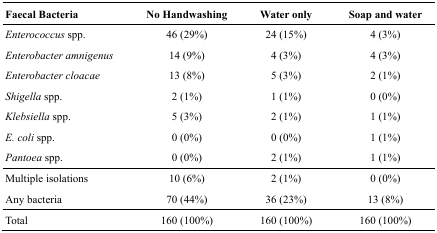
<table><thead><tr><td><b>Faecal Bacteria</b></td><td><b>No Handwashing</b></td><td><b>Water only</b></td><td><b>Soap and water</b></td></tr></thead><tbody><tr><td><i>Enterococcus</i> spp.</td><td>46 (29%)</td><td>24 (15%)</td><td>4 (3%)</td></tr><tr><td><i>Enterobacter amnigenus</i></td><td>14 (9%)</td><td>4 (3%)</td><td>4 (3%)</td></tr><tr><td><i>Enterobacter cloacae</i></td><td>13 (8%)</td><td>5 (3%)</td><td>2 (1%)</td></tr><tr><td><i>Shigella</i> spp.</td><td>2 (1%)</td><td>1 (1%)</td><td>0 (0%)</td></tr><tr><td><i>Klebsiella</i> spp.</td><td>5 (3%)</td><td>2 (1%)</td><td>1 (1%)</td></tr><tr><td><i>E. coli</i> spp.</td><td>0 (0%)</td><td>0 (0%)</td><td>1 (1%)</td></tr><tr><td><i>Pantoea</i> spp.</td><td>0 (0%)</td><td>2 (1%)</td><td>1 (1%)</td></tr><tr><td>Multiple isolations</td><td>10 (6%)</td><td>2 (1%)</td><td>0 (0%)</td></tr><tr><td>Any bacteria</td><td>70 (44%)</td><td>36 (23%)</td><td>13 (8%)</td></tr><tr><td>Total</td><td>160 (100%)</td><td>160 (100%)</td><td>160 (100%)</td></tr></tbody></table>